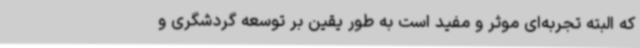
که البته تجربه‌ای موثر و مفید است به طور یقین بر توسعه گردشگری و